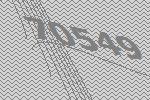
70549